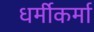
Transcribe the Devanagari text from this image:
धर्मीकर्मा